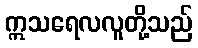
ဣသရေလလူတို့သည်